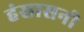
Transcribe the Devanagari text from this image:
हंसासनी